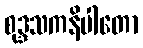
စုဒ္ဒသကနိပါတော